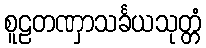
စူဠတဏှာသင်္ခယသုတ္တံ